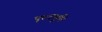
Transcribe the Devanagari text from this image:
पृश्ठभूमि